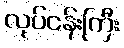
လုပ်ငန်းကြီး